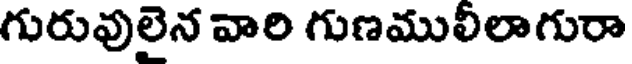
గురువులైన వారి గుణములీలాగురా